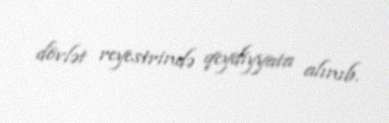
dövlət reyestrində qeydiyyata alınıb.